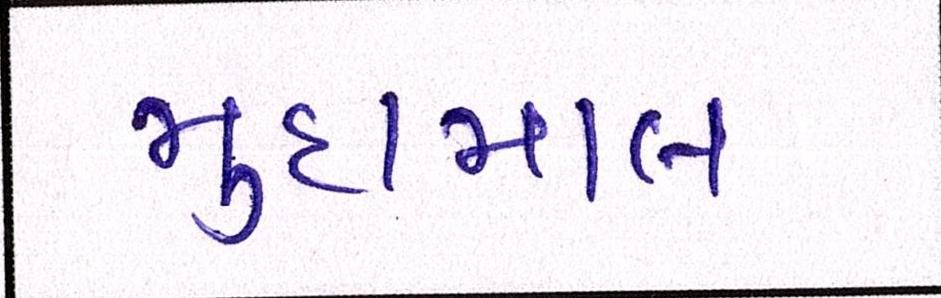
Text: મુદામાલ